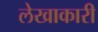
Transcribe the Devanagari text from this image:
लेखाकारी